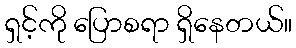
ရှင့်ကို ပြောစရာ ရှိနေတယ်။